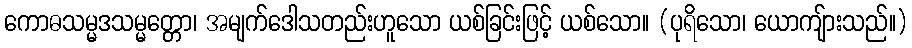
ကောဓသမ္မဒသမ္မတ္တော၊ အမျက်ဒေါသတည်းဟူသော ယစ်ခြင်းဖြင့် ယစ်သော။ (ပုရိသော၊ ယောကျ်ားသည်။)